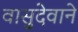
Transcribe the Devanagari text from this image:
वासुदेवाने